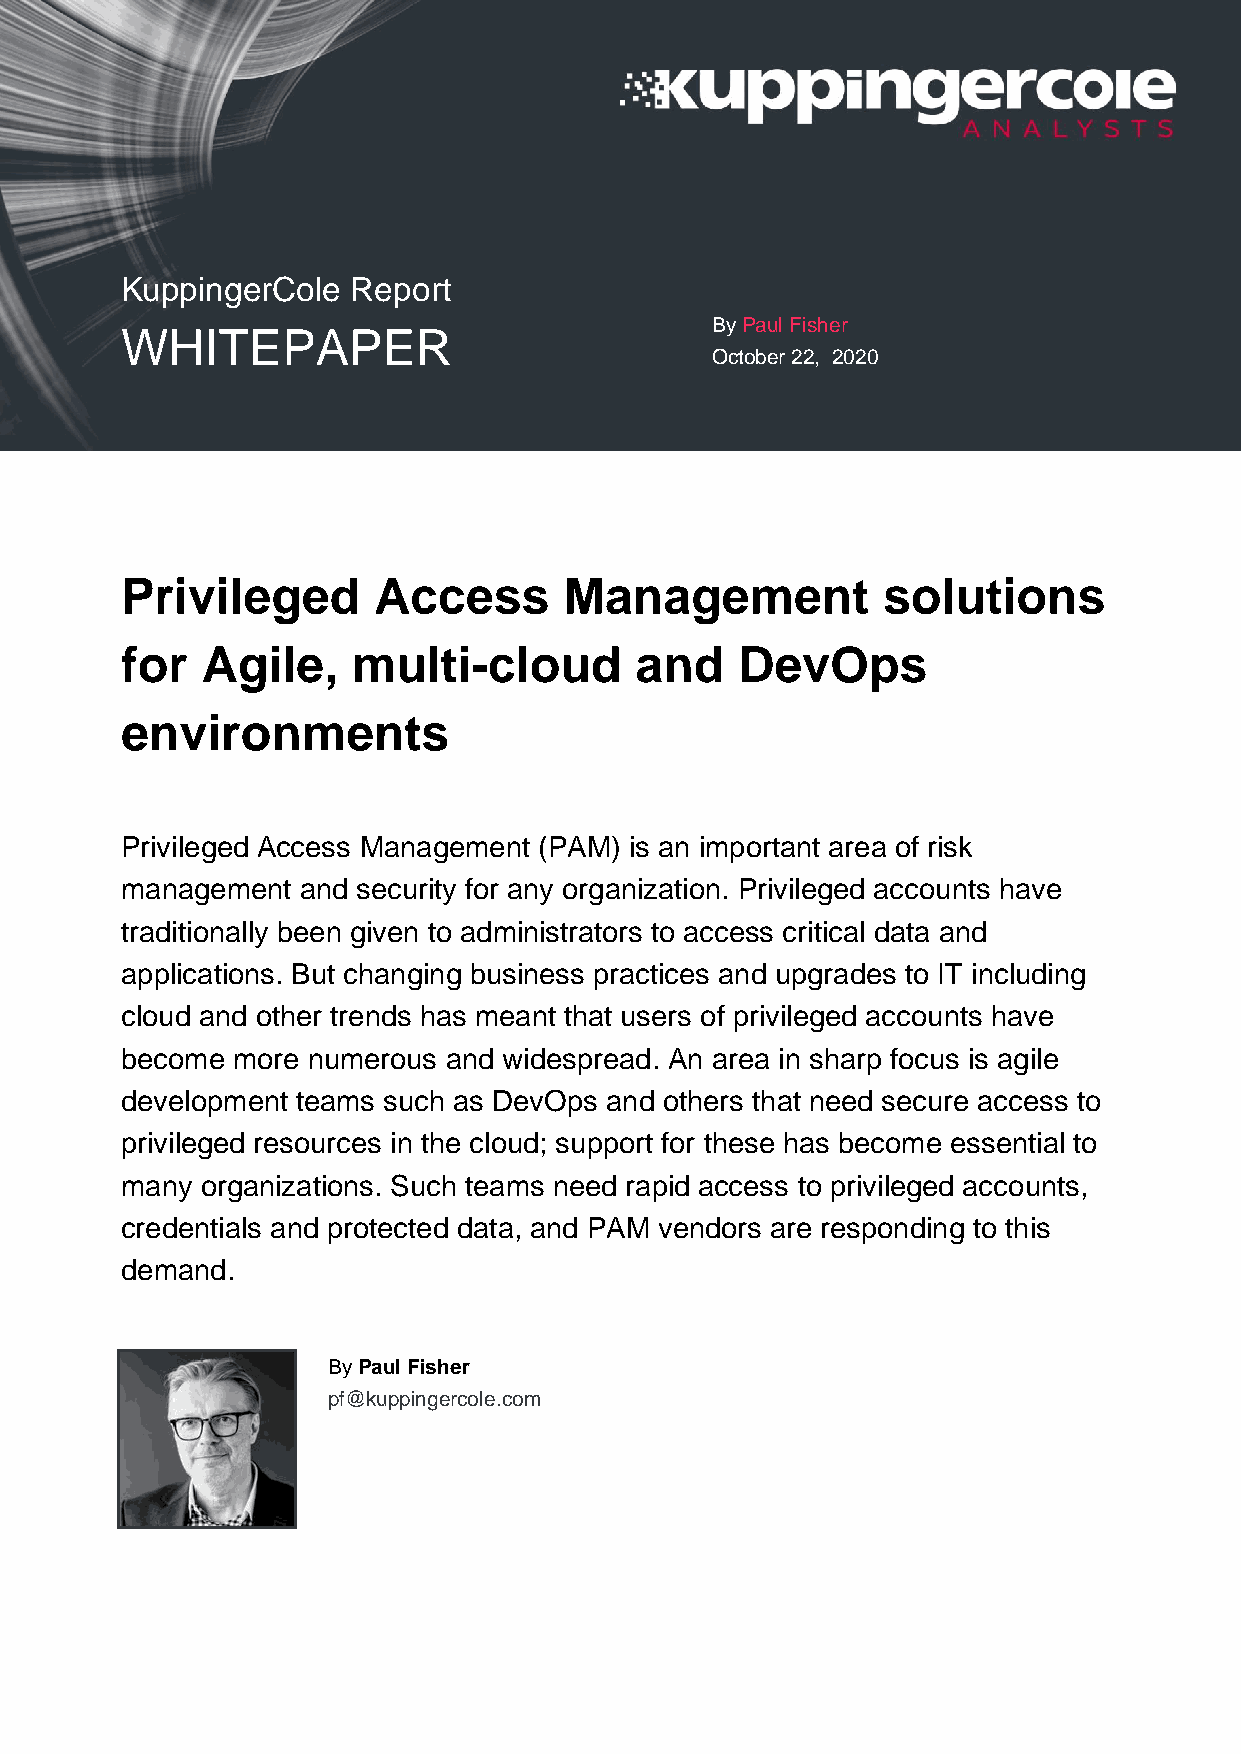
KuppingerCole  Report
 By Paul Fisher
 WHITEPAPER
 October 22, 2020
 Privileged       Access      Management           solutions
 for  Agile,    multi-cloud        and    DevOps
 environments
 Privileged Access Management (PAM) is an important area of risk
 management  and security for any organization. Privileged accounts have
 traditionally been given to administrators to access critical data and
 applications. But changing business practices and upgrades to IT including
 cloud and other trends has meant that users of privileged accounts have
 become more numerous and widespread. An area in sharp focus is agile
 development teams such as DevOps and others that need secure access to
 privileged resources in the cloud; support for these has become essential to
 many organizations. Such teams need rapid access to privileged accounts,
 credentials and protected data, and PAM vendors are responding to this
 demand.
 By Paul Fisher
 pf@kuppingercole.com